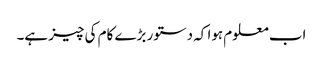
اب معلوم ہوا کہ دستور بڑے کام کی چیز ہے۔